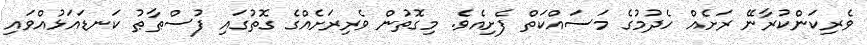
ވެރިކަންކުރާނޭ ރަށެއް ހެދުމުގެ މަސައްކަތް ފެށިއެވެ. މިގޮތުން ވެރިރަށެއްގެ ގޮތުގައި ފުސްޠާޠު ކަނޑައަޅުއްވައި